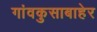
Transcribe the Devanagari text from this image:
गांवकुसाबाहेर